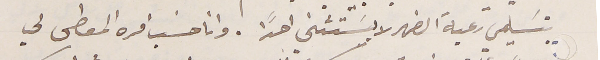
بتسَليمي رعية الضهر لا يستثني احدًا . وانا حسَب امره المعطى لي